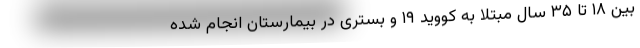
بین ۱۸ تا ۳۵ سال مبتلا به کووید ۱۹ و بستری در بیمارستان انجام شده